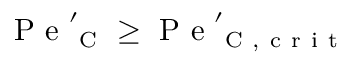
\mathrm { ~ P ~ e ~ } _ { \mathrm { ~ C ~ } } ^ { \prime } \geq \mathrm { ~ P ~ e ~ } _ { \mathrm { ~ C ~ , ~ c ~ r ~ i ~ t ~ } } ^ { \prime }